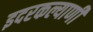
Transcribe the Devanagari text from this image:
इदरकल्याणी